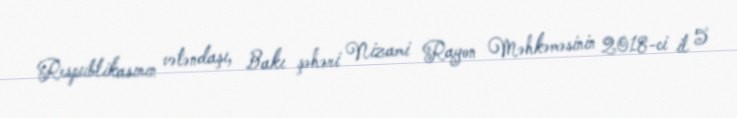
Respublikasının vətəndaşı, Bakı şəhəri Nizami Rayon Məhkəməsinin 2018-ci il 5